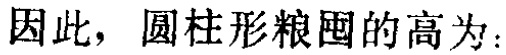
因此，圆柱形粮囤的高为：